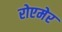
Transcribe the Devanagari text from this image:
रोएमेर